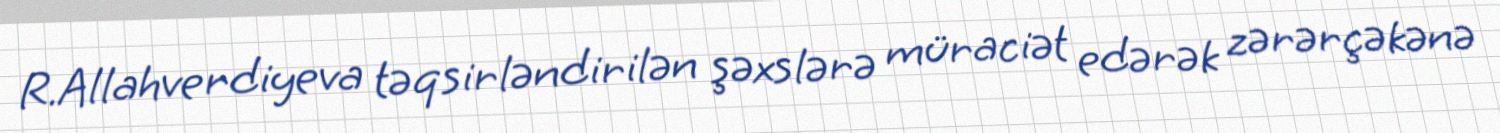
R.Allahverdiyeva təqsirləndirilən şəxslərə müraciət edərək zərərçəkənə